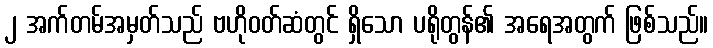
၂ အက်တမ်အမှတ်သည် ဗဟိုဝတ်ဆံတွင် ရှိသော ပရိုတွန်၏ အရေအတွက် ဖြစ်သည်။